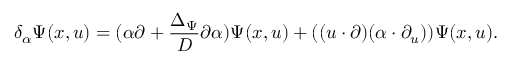
\delta _ { \alpha } \Psi ( x , u ) = ( \alpha \partial + \frac { \Delta _ { \Psi } } { D } \partial \alpha ) \Psi ( x , u ) + ( ( u \cdot \partial ) ( \alpha \cdot \partial _ { u } ) ) \Psi ( x , u ) .